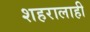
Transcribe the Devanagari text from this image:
शहरालाही